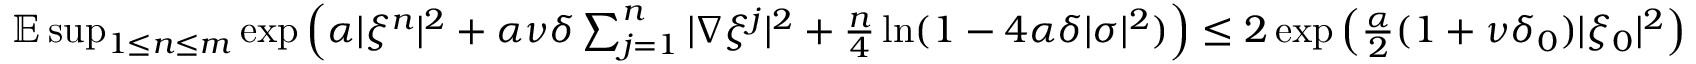
\begin{array} { r } { \mathbb { E } \operatorname* { s u p } _ { 1 \leq n \leq m } \exp \left( \alpha | \xi ^ { n } | ^ { 2 } + \alpha \nu \delta \sum _ { j = 1 } ^ { n } | \nabla \xi ^ { j } | ^ { 2 } + \frac { n } { 4 } \ln ( 1 - 4 \alpha \delta | \sigma | ^ { 2 } ) \right) \leq 2 \exp \left( \frac { \alpha } { 2 } ( 1 + \nu \delta _ { 0 } ) | \xi _ { 0 } | ^ { 2 } \right) } \end{array}